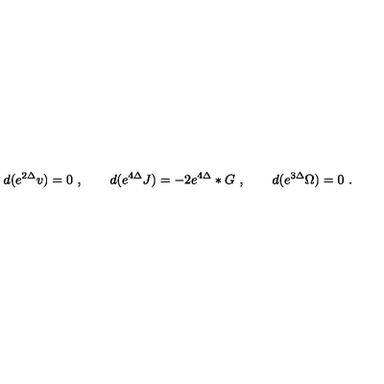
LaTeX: d ( e ^ { 2 \Delta } v ) = 0 \ , \qquad d ( e ^ { 4 \Delta } J ) = - 2 e ^ { 4 \Delta } * G \ , \qquad d ( e ^ { 3 \Delta } \Omega ) = 0 \ .